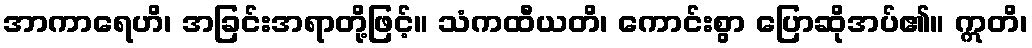
အာကာရေဟိ၊ အခြင်းအရာတို့ဖြင့်။ သံကထီယတိ၊ ကောင်းစွာ ပြောဆိုအပ်၏။ ဣတိ၊